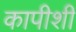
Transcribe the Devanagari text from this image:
कापीशी